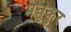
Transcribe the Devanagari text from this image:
मचुकुर